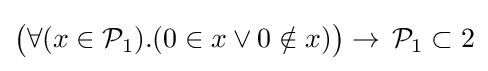
{\big (}\forall (x\in {\mathcal {P}}_{1}).(0\in x\lor 0\notin x){\big )}\to \,{\mathcal {P}}_{1}\subset 2